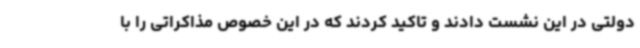
دولتی در این نشست دادند و تاکید کردند که در این خصوص مذاکراتی را با